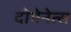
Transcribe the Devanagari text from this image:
दोमेनेत्स